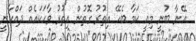
އޭނާ ބުނީ މިއީ ކަމާ ބެހޭ އިތުރު ގޮތުން އިތުރު ވާހަކައެއް ދައްކާނީ